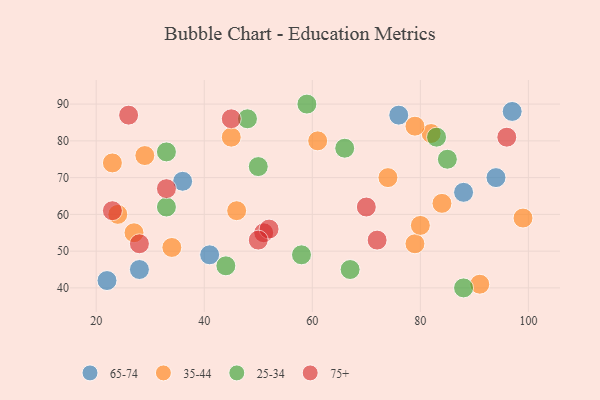
{"axis": {"x": "GDP", "y": "Life Expectancy"}, "legend": ["25-34", "35-44", "65-74", "75+"], "data": [{"x": "94", "y": 70, "type": "65-74"}, {"x": "76", "y": 87, "type": "65-74"}, {"x": "28", "y": 45, "type": "65-74"}, {"x": "22", "y": 42, "type": "65-74"}, {"x": "36", "y": 69, "type": "65-74"}, {"x": "41", "y": 49, "type": "65-74"}, {"x": "97", "y": 88, "type": "65-74"}, {"x": "88", "y": 66, "type": "65-74"}, {"x": "34", "y": 51, "type": "35-44"}, {"x": "45", "y": 81, "type": "35-44"}, {"x": "82", "y": 82, "type": "35-44"}, {"x": "74", "y": 70, "type": "35-44"}, {"x": "46", "y": 61, "type": "35-44"}, {"x": "99", "y": 59, "type": "35-44"}, {"x": "27", "y": 55, "type": "35-44"}, {"x": "91", "y": 41, "type": "35-44"}, {"x": "29", "y": 76, "type": "35-44"}, {"x": "79", "y": 84, "type": "35-44"}, {"x": "23", "y": 74, "type": "35-44"}, {"x": "24", "y": 60, "type": "35-44"}, {"x": "61", "y": 80, "type": "35-44"}, {"x": "79", "y": 52, "type": "35-44"}, {"x": "80", "y": 57, "type": "35-44"}, {"x": "84", "y": 63, "type": "35-44"}, {"x": "50", "y": 73, "type": "25-34"}, {"x": "85", "y": 75, "type": "25-34"}, {"x": "83", "y": 81, "type": "25-34"}, {"x": "33", "y": 77, "type": "25-34"}, {"x": "67", "y": 45, "type": "25-34"}, {"x": "48", "y": 86, "type": "25-34"}, {"x": "33", "y": 62, "type": "25-34"}, {"x": "66", "y": 78, "type": "25-34"}, {"x": "44", "y": 46, "type": "25-34"}, {"x": "59", "y": 90, "type": "25-34"}, {"x": "58", "y": 49, "type": "25-34"}, {"x": "88", "y": 40, "type": "25-34"}, {"x": "28", "y": 52, "type": "75+"}, {"x": "51", "y": 55, "type": "75+"}, {"x": "52", "y": 56, "type": "75+"}, {"x": "72", "y": 53, "type": "75+"}, {"x": "23", "y": 61, "type": "75+"}, {"x": "50", "y": 53, "type": "75+"}, {"x": "70", "y": 62, "type": "75+"}, {"x": "26", "y": 87, "type": "75+"}, {"x": "45", "y": 86, "type": "75+"}, {"x": "96", "y": 81, "type": "75+"}, {"x": "33", "y": 67, "type": "75+"}]}